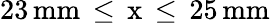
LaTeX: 23\, \mathrm{{mm}\, \leq\, x\, \leq\, 25\, \mathrm{{mm}}}